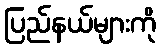
ပြည်နယ်များကို